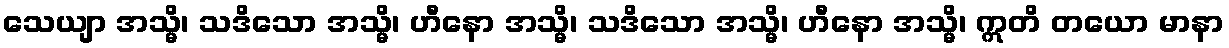
သေယျာ အသ္မိ၊ သဒိသော အသ္မိ၊ ဟီနော အသ္မိ၊ သဒိသော အသ္မိ၊ ဟီနော အသ္မိ၊ ဣတိ တယော မာနာ